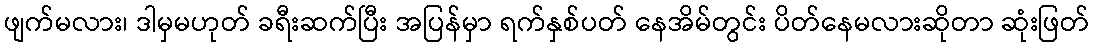
ဖျက်မလား၊ ဒါမှမဟုတ် ခရီးဆက်ပြီး အပြန်မှာ ရက်နှစ်ပတ် နေအိမ်တွင်း ပိတ်နေမလားဆိုတာ ဆုံးဖြတ်